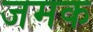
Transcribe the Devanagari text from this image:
जमक